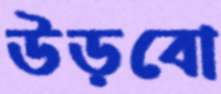
উড়বো